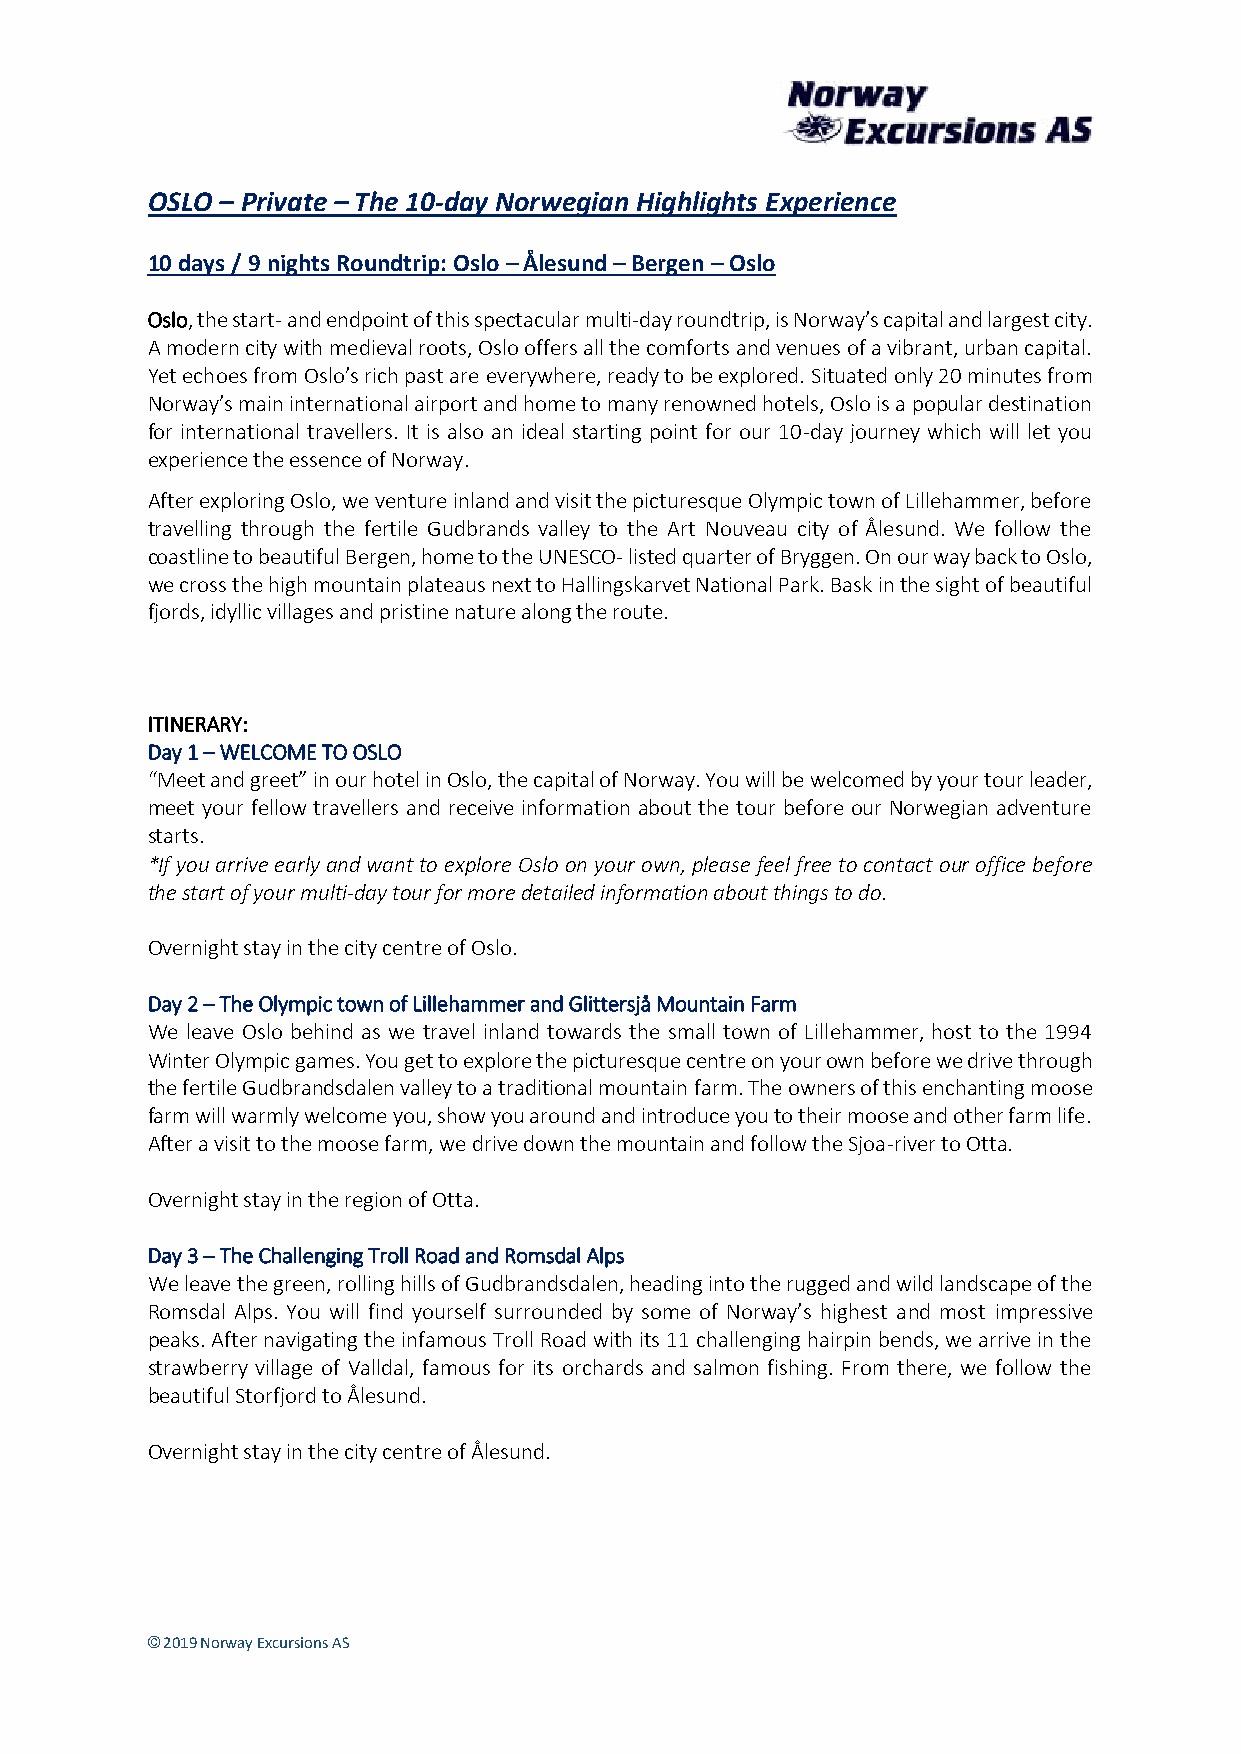
OSLO – Private – The 10-day Norwegian Highlights Experience
 10 days / 9 nights Roundtrip: Oslo – Ålesund – Bergen – Oslo
 Oslo, the start- and endpoint of this spectacular multi-day roundtrip, is Norway’s capital and largest city.
 A modern city with medieval roots, Oslo offers all the comforts and venues of a vibrant, urban capital.
 Yet echoes from Oslo’s rich past are everywhere, ready to be explored. Situated only 20 minutes from
 Norway’s main international airport and home to many renowned hotels, Oslo is a popular destination
 for international travellers. It is also an ideal starting point for our 10-day journey which will let you
 experience the essence of Norway.
 After exploring Oslo, we venture inland and visit the picturesque Olympic town of Lillehammer, before
 travelling through the fertile Gudbrands valley to the Art Nouveau city of Ålesund. We follow the
 coastline to beautiful Bergen, home to the UNESCO- listed quarter of Bryggen. On our way back to Oslo,
 we cross the high mountain plateaus next to Hallingskarvet National Park. Bask in the sight of beautiful
 fjords, idyllic villages and pristine nature along the route.
 ITINERARY:
 Day 1 – WELCOME TO OSLO
 “Meet and greet” in our hotel in Oslo, the capital of Norway. You will be welcomed by your tour leader,
 meet your fellow travellers and receive information about the tour before our Norwegian adventure
 starts.
 *If you arrive early and want to explore Oslo on your own, please feel free to contact our office before
 the start of your multi-day tour for more detailed information about things to do.
 Overnight stay in the city centre of Oslo.
 Day 2 – The Olympic town of Lillehammer and Glittersjå Mountain Farm
 We leave Oslo behind as we travel inland towards the small town of Lillehammer, host to the 1994
 Winter Olympic games. You get to explore the picturesque centre on your own before we drive through
 the fertile Gudbrandsdalen valley to a traditional mountain farm. The owners of this enchanting moose
 farm will warmly welcome you, show you around and introduce you to their moose and other farm life.
 After a visit to the moose farm, we drive down the mountain and follow the Sjoa-river to Otta.
 Overnight stay in the region of Otta.
 Day 3 – The Challenging Troll Road and Romsdal Alps
 We leave the green, rolling hills of Gudbrandsdalen, heading into the rugged and wild landscape of the
 Romsdal Alps. You will find yourself surrounded by some of Norway’s highest and most impressive
 peaks. After navigating the infamous Troll Road with its 11 challenging hairpin bends, we arrive in the
 strawberry village of Valldal, famous for its orchards and salmon fishing. From there, we follow the
 beautiful Storfjord to Ålesund.
 Overnight stay in the city centre of Ålesund.
 © 2019 Norway Excursions AS